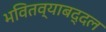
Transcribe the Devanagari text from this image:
भवितव्याबद्दल